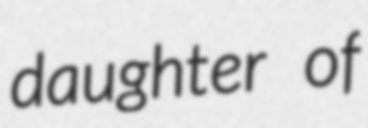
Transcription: daughter of